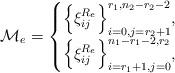
LaTeX: \begin{align*}{\cal M}_e=\begin{cases} \Big\{\xi_{ij}^{R_e}\Big\}_{i=0,j=r_2+1}^{r_1,n_2-r_2-2},&\\\Big\{\xi_{ij}^{R_e}\Big\}_{i=r_1+1,j=0}^{n_1-r_1-2,r_2},&\end{cases}\end{align*}